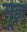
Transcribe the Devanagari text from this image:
सू़ज्ञ